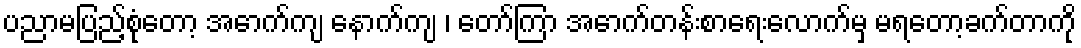
ပညာမပြည့်စုံတော့ အောက်ကျ နောက်ကျ ၊ တော်ကြာ အောက်တန်းစာရေးလောက်မှ မရတော့ခက်တာကို